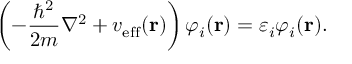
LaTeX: \left( - { \frac { \hbar ^ { 2 } } { 2 m } } \nabla ^ { 2 } + v _ { \mathrm { e f f } } ( \mathbf { r } ) \right) \varphi _ { i } ( \mathbf { r } ) = \varepsilon _ { i } \varphi _ { i } ( \mathbf { r } ) .